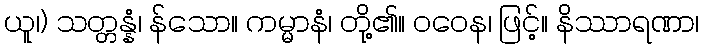
ယူ၊) သတ္တန္နံ၊ န်သော။ ကမ္မာနံ၊ တို့၏။ ဝဝေန၊ ဖြင့်။ နိဿာရဏာ၊